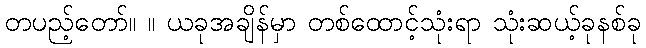
တပည့်တော်။ ။ ယခုအချိန်မှာ တစ်ထောင့်သုံးရာ သုံးဆယ့်ခုနစ်ခု